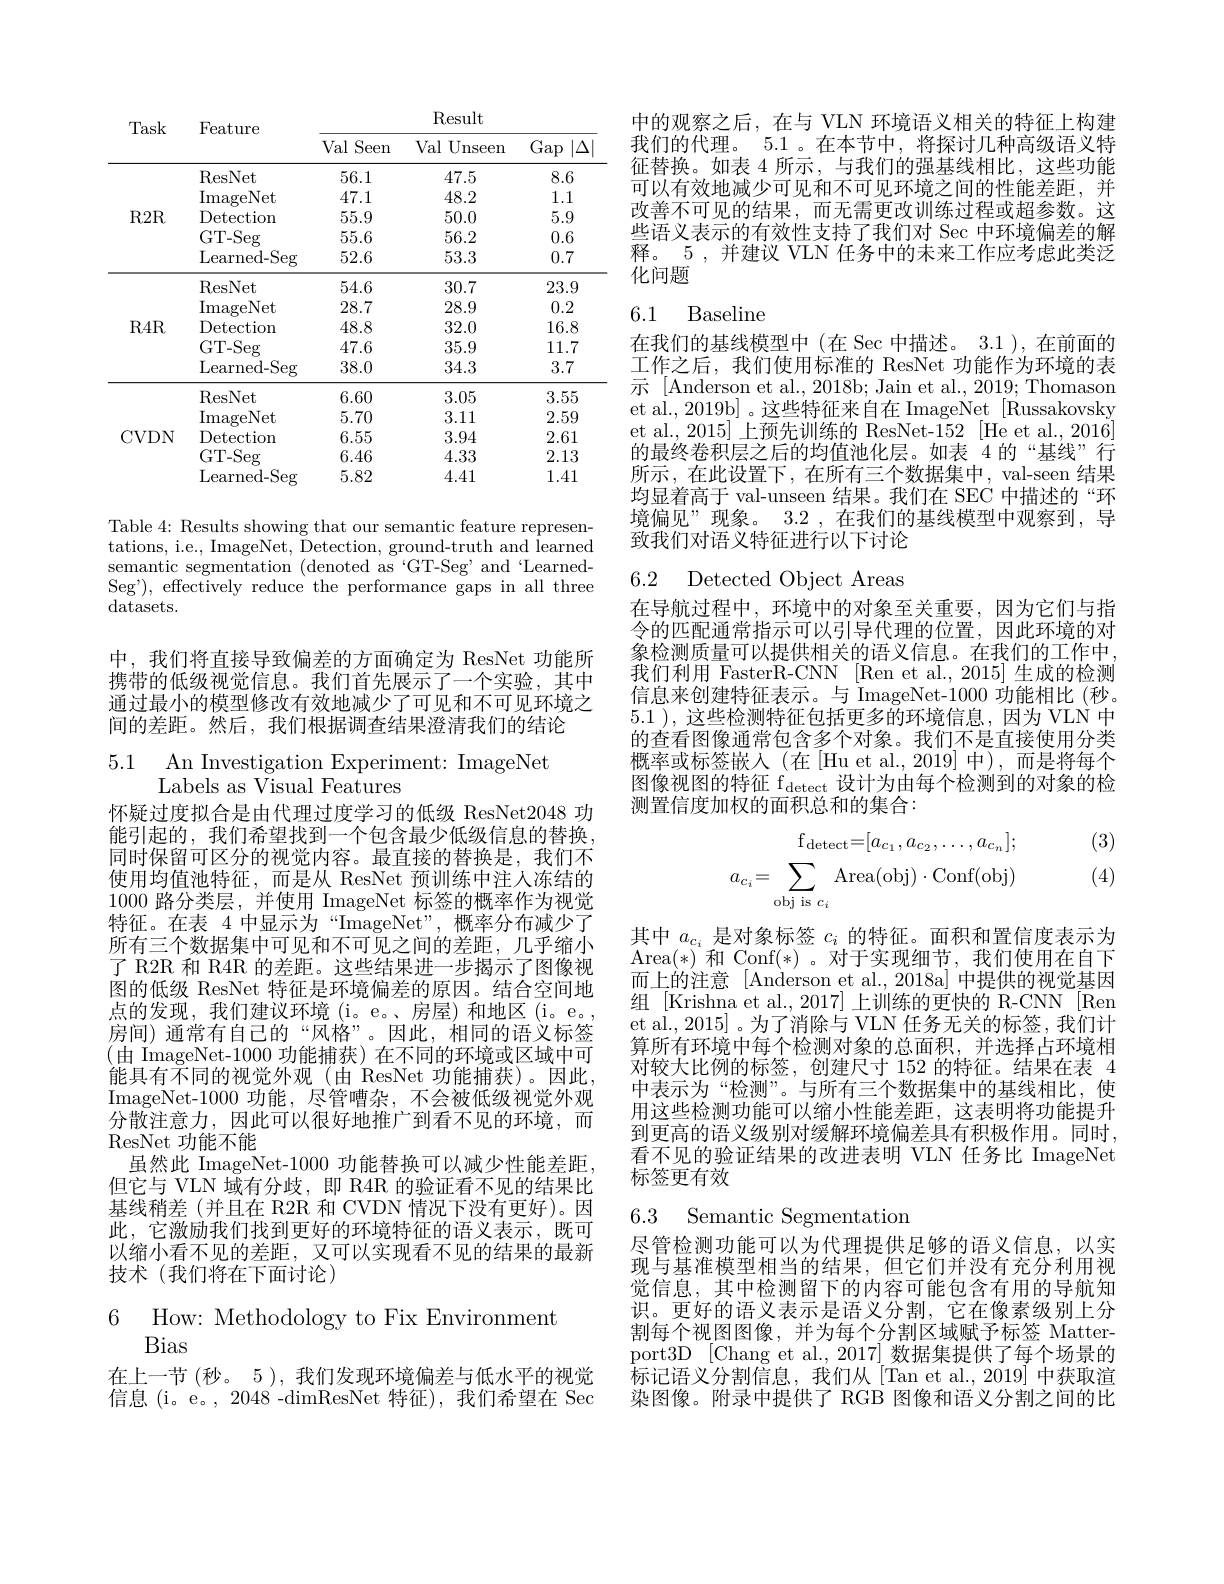
<table>
	<tbody>
		<tr>
			<th>Task</th>
			<th>Feature</th>
			<th>Val Seen T</th>
			<th>$\mathbf{I},\mathbf{C}\mathbf{S}$ut Val Unseen</th>
			<th>Gap $|\Delta$</th>
		</tr>
		<tr>
			<td rowspan="5">$R2R$</td>
			<td>ResNet</td>
			<td>56.1</td>
			<td>47.5</td>
			<td>8.6</td>
		</tr>
		<tr>
			<td>ImageNet</td>
			<td>47.1</td>
			<td>48.2</td>
			<td>1.1</td>
		</tr>
		<tr>
			<td>Detection</td>
			<td>55.9</td>
			<td>50.0</td>
			<td>5.9</td>
		</tr>
		<tr>
			<td>GT- Seg</td>
			<td>55.6</td>
			<td>56.2</td>
			<td>0.6</td>
		</tr>
		<tr>
			<td>Learned- Seg</td>
			<td>52.6</td>
			<td>53.3</td>
			<td>0.7</td>
		</tr>
		<tr>
			<td rowspan="5">$R4R$</td>
			<td>ResNet</td>
			<td>54.6</td>
			<td>30.7</td>
			<td>23.9</td>
		</tr>
		<tr>
			<td>ImageNet</td>
			<td>28.7</td>
			<td>28.9</td>
			<td>0.2</td>
		</tr>
		<tr>
			<td>Detection</td>
			<td>48.8</td>
			<td>32.0</td>
			<td>16.8</td>
		</tr>
		<tr>
			<td>GT- Seg</td>
			<td>47.6</td>
			<td>35.9</td>
			<td>11.7</td>
		</tr>
		<tr>
			<td>Learned- Seg</td>
			<td>38.0</td>
			<td>34.3</td>
			<td>3.7</td>
		</tr>
		<tr>
			<td rowspan="5">CVDN</td>
			<td>ResNet</td>
			<td>6.60</td>
			<td>3.05</td>
			<td>3.55</td>
		</tr>
		<tr>
			<td>ImageNet</td>
			<td>5.70</td>
			<td>3.11</td>
			<td>2.59</td>
		</tr>
		<tr>
			<td>Detection</td>
			<td>6.55</td>
			<td>3.94</td>
			<td>2.61</td>
		</tr>
		<tr>
			<td>GT- Seg</td>
			<td>6.46</td>
			<td>4.33</td>
			<td>2.13</td>
		</tr>
		<tr>
			<td>Learned- Seg</td>
			<td>5.82</td>
			<td>4.41</td>
			<td>1.41</td>
		</tr>
	</tbody>
</table>

Table 4: Results showing that our semantic feature representations, i.e., ImageNet, $\text{\" Detection, ground- truthand\^ {l}earned}$ semantic segmentation (denoted as‘GT-Seg’and‘LearnedSeg'), effectively reduce the performance gaps in all three $\operatorname{datasets.}$

中，我们将直接导致偏差的方面确定为 ResNet 功能所携带的低级视觉信息。我们首先展示了一个实验，其中通过最小的模型修改有效地减少了可见和不可见环境之间的差距。然后，我们根据调查结果澄清我们的结论

5.1 An Investigation Experiment: ImageNet
Labels as Visual Features

怀疑过度拟合是由代理过度学习的低级 ResNet2048 功能引起的，我们希望找到一个包含最少低级信息的替换同时保留可区分的视觉内容。最直接的替换是，我们不使用均值池特征，而是从 ResNet 预训练中注人冻结的1000路分类层，并使用 ImageNet 标签的概率作为视觉特征。在表 4 中显示为“ImageNet”,概率分布减少了所有三个数据集中可见和不可见之间的差距，几乎缩小了 R2R 和 R4R 的差距。这些结果进一步揭示了图像视图的低级 ResNet 特征是环境偏差的原因。结合空间地点的发现，我们建议环境 (i。e。、房屋)和地区(i。e。, 房间) 通常有自己的“风格”。因此，相同的语义标签(由 ImageNet-1000 功能捕获)在不同的环境或区域中可$\bar{\text{能具有不同的视觉外观(由 ResNet 功能捕获)。因此，}}$ ImageNet-1000 功能，尽管嘈杂，不会被低级视觉外观分散注意力，因此可以很好地推广到看不见的环境，而ResNet 功能不能
虽然此 ImageNet-1000 功能替换可以减少性能差距但它与 VLN 域有分歧，即 R4R 的验证看不见的结果比基线稍差(并且在 R2R 和 CVDN 情况下没有更好)。因此，它激励我们找到更好的环境特征的语义表示，既可以缩小看不见的差距，又可以实现看不见的结果的最新技术(我们将在下面讨论)

$\begin{array}{ll}{{\mathrm{~How:~Methodology~to~Fix~Environment}}}\\{{\mathrm{Bias}}}\end{array}$

在上一节 (秒。5 ), 我们发现环境偏差与低水平的视觉信息 (i。e。, 2048-dimResNet 特征),我们希望在 Sec

中的观察之后，在与 VLN 环境语义相关的特征上构建我们的代理。5.1 。在本节中，将探讨几种高级语义特征替换。如表 4 所示，与我们的强基线相比，这些功能可以有效地减少可见和不可见环境之间的性能差距，并改善不可见的结果，而无需更改训练过程或超参数。这些语义表示的有效性支持了我们对 Sec 中环境偏差的解释。5 , 并建议 VLN 任务中的未来工作应考虑此类泛化问题

## 6.1 Baseline

在我们的基线模型中(在 Sec 中描述。3.1 ), 在前面的工作之后，我们使用标准的 ResNet 功能作为环境的表示 [Anderson et al., 2018b; Jain et al., 2019; Thomason et al., 2019b]。这些特征来自在 ImageNet [Russakovsky et al., 2015] 上预先训练的 ResNet-152 [He et al., 2016] 的最终卷积层之后的均值池化层。如表 4的“基线”行所示，在此设置下，在所有三个数据集中，val-seen 结果均显着高于 val-unseen 结果。我们在 SEC 中描述的“环境偏见”现象。3.2 , 在我们的基线模型中观察到，导致我们对语义特征进行以下讨论

6.2 Detected Object Areas

在导航过程中，环境中的对象至关重要，因为它们与指令的匹配通常指示可以引导代理的位置，因此环境的对象检测质量可以提供相关的语义信息。在我们的工作中我们利用 FasterR-CNN [Ren et al., 2015] 生成的检测信息来创建特征表示。与$\dot{\mathrm{ImageNet-1000}}$功能相比(秒。5.1 ), 这些检测特征包括更多的环境信息，因为 VLN 中的查看图像通常包含多个对象。我们不是直接使用分类概率或标签嵌入(在[Hu et al.,2019]中),而是将每个图像视图的特征 f$_\mathrm{detect}$设计为由每个检测到的对象的检测置信度加权的面积总和的集合：

(3)
$$\mathrm{f}_{\mathrm{detect}}=[a_{c_{1}},a_{c_{2}},\ldots,a_{c_{n}}];\\a_{c_{i}}=\sum_{\mathrm{obj~is~}c_{i}}\mathrm{Area}(\mathrm{obj})\cdot\mathrm{Conf}(\mathrm{obj})$$
(4)

其中$a_{c_i}$是对象标签$c_i$的特征。面积和置信度表示为$\operatorname{Area}(*)$和 Conf(*)。对于实现细节，我们使用在自下而上的注意 [Anderson et al., 2018a] 中提供的视觉基因组 [Krishna et al., 2017] 上训练的更快的 R-CNN [Ren et al., 2015]。为了消除与 VLN 任务无关的标签，我们计算所有环境中每个检测对象的总面积，并选择占环境相对较大比例的标签，创建尺寸 152 的特征。结果在表 4中表示为“检测”。与所有三个数据集中的基线相比，使用这些检测功能可以缩小性能差距，这表明将功能提升到更高的语义级别对缓解环境偏差具有积极作用。同时， 看不见的验证结果的改进表明 VLN 任务比 ImageNet $\bar{\text{标签更有效}}$

6.3 Semantic Segmentation

尽管检测功能可以为代理提供足够的语义信息，以实现与基准模型相当的结果，但它们并没有充分利用视觉信息，其中检测留下的内容可能包含有用的导航知识。更好的语义表示是语义分割，它在像素级别上分割每个视图图像，并为每个分割区域赋予标签 Matterport3D [Chang et al., 2017] 数据集提供了每个场景的标记语义分割信息，我们从[Tan et al.,2019]中获取渲染图像。附录中提供了 RGB 图像和语义分割之间的比